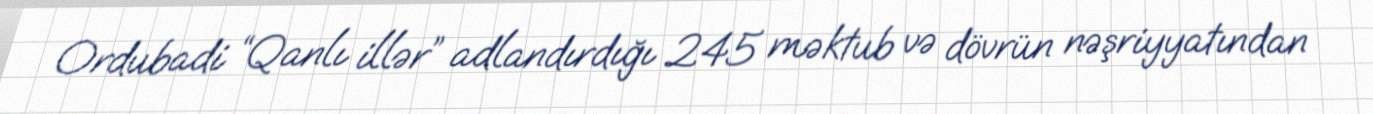
Ordubadi “Qanlı illər” adlandırdığı 245 məktub və dövrün nəşriyyatından